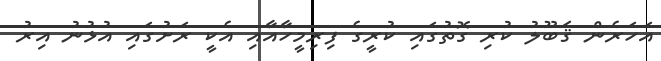
އަހަރެން ޤަބޫލު ކުރި ގޮތުގައި ކުރީގެ ފިރިމީހާއާއި އެކީ ރަށުގައި އުޅުނު އިރު